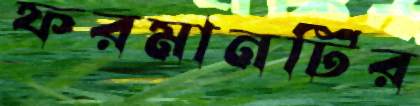
ফরমানটির